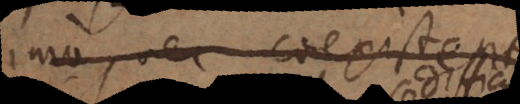
imo nec coexistentiam